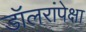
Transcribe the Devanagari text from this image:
डॉलरांपेक्षा